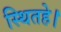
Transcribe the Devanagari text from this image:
स्थितहे।